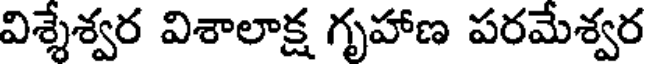
విశ్శేశ్వర విశాలాక్ష గృహాణ పరమేశ్వర